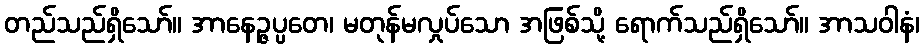
တည်သည်ရှိသော်။ အာနေဉ္ဇပ္ပတေ၊ မတုန်မလှုပ်သော အဖြစ်သို့ ရောက်သည်ရှိသော်။ အာသဝါနံ၊